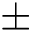
\pm